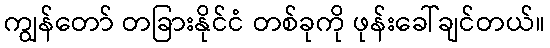
ကျွန်တော် တခြားနိုင်ငံ တစ်ခုကို ဖုန်းခေါ်ချင်တယ်။